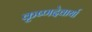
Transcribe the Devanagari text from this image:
कृष्णदेवार्या